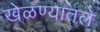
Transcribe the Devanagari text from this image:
खेळण्यातले